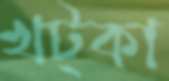
খট্কা